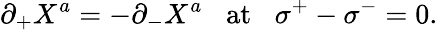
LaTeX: \partial_{+}X^{a}=-\partial_{-}X^{a}\; \; \; \mathrm{at}\; \; \; \sigma^{+}-\sigma^{-}=0.